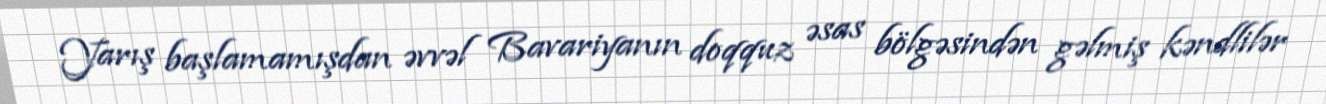
Yarış başlamamışdan əvvəl Bavariyanın doqquz əsas bölgəsindən gəlmiş kəndlilər